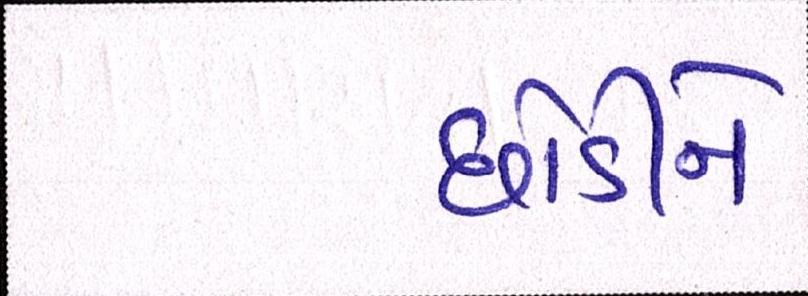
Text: છોડીને